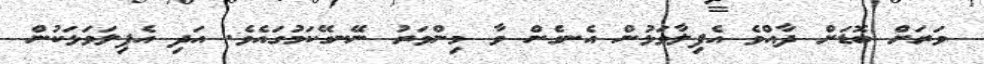
ވަރަށް ބޮޑަށް ދާއްވެ އެފިލާވަޅުން އެނގެން ވާ މިންވަރު ނޭނގޭކަމުގައެވެ. އަދި އެފިލަވަޅަކުން